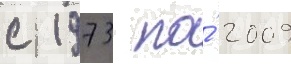
с 1973 по́ 2009